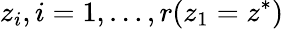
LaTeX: z_{i},i=1,\dots,r(z_{1}=z^{*})